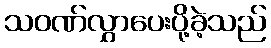
သဝဏ်လွှာပေးပို့ခဲ့သည်